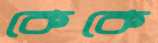
কেকে